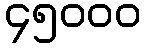
၄၅၀၀၀